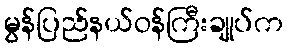
မွန်ပြည်နယ်ဝန်ကြီးချုပ်က